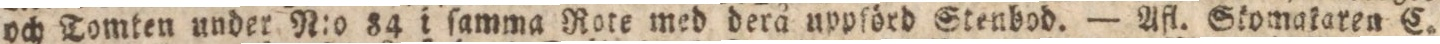
och Tomten under N:o 84 i ſamma Rote med derå uppſörd Stenbod. — Afl. Skomakaren C.